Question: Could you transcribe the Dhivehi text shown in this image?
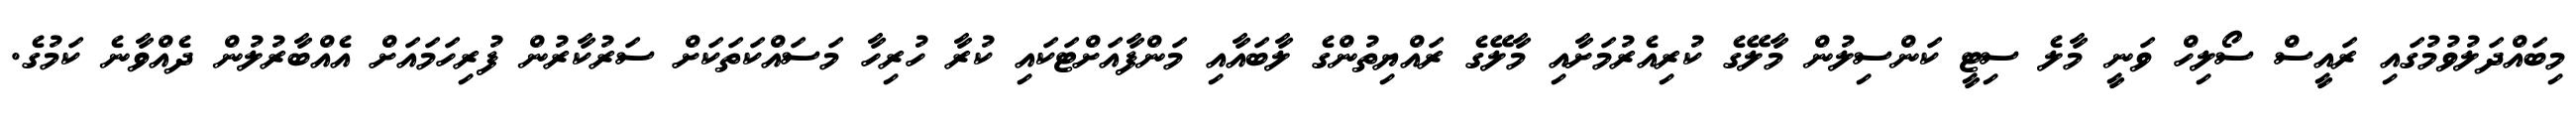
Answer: މިބައްދަލުވުމުގައި ރައީސް ސޯލިހް ވަނީ މާލެ ސިޓީ ކަންސިލުން މާލޭގެ ކުރިއެރުމަށާއި މާލޭގެ ރައްޔިތުންގެ ލާބައާއި މަންފާއަށްޓަކައި ކުރާ ހުރިހާ މަސައްކަތަކަށް ސަރުކާރުން ފުރިހަމައަށް އެއްބާރުލުން ދެއްވާނެ ކަމުގެ.